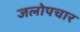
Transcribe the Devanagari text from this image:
जलोपचार